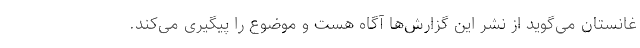
غانستان می‌گوید از نشر این گزارش‌ها آگاه هست و موضوع را پیگیری می‌کند.